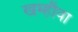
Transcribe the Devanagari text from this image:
खम्हौवा